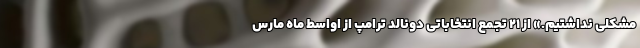
مشکلی نداشتیم.» از ۲۱ تجمع انتخاباتی دونالد ترامپ از اواسط ماه مارس